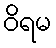
ဝိရမ